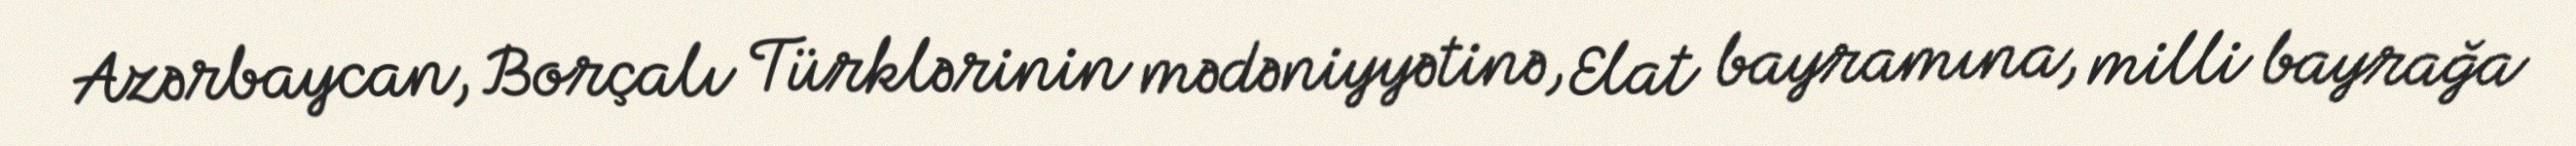
Azərbaycan, Borçalı Türklərinin mədəniyyətinə, Elat bayramına, milli bayrağa